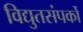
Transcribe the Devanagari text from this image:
विद्युतसंपर्कों